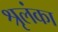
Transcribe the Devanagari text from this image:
श्रृलंका